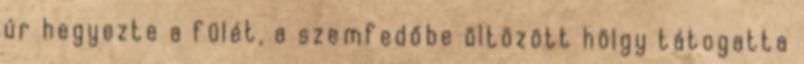
úr hegyezte a fülét, a szemfedőbe öltözött hölgy tátogatta